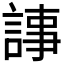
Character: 𧨴